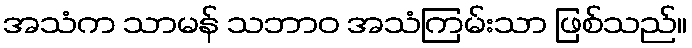
အသံက သာမန် သဘာဝ အသံကြမ်းသာ ဖြစ်သည်။